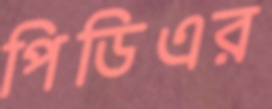
পিডিএর